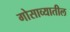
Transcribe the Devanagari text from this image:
गोसाव्यातील